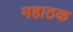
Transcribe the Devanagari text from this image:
महाठक